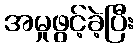
အမှုဖွင့်ခဲ့ပြီး